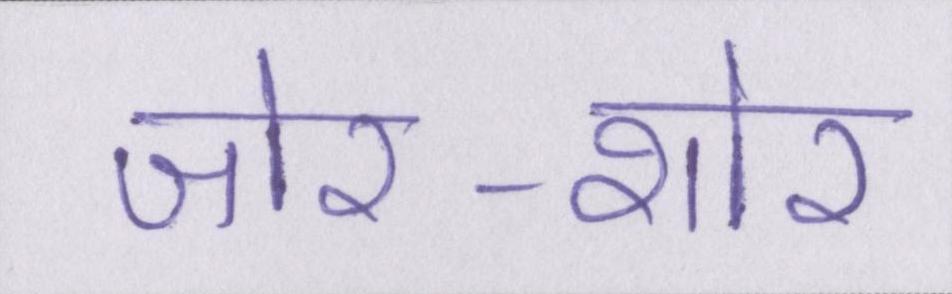
जोर-शोर